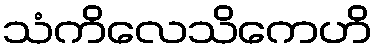
သံကိလေသိကေဟိ